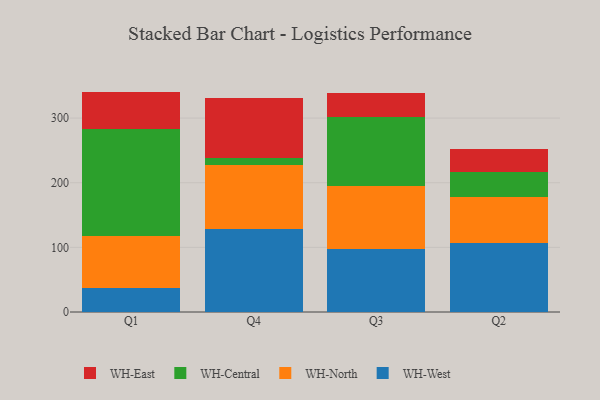
{"axis": {"x": "Quarter", "y": "Budget (USD K)"}, "legend": ["WH-Central", "WH-East", "WH-North", "WH-West"], "data": [{"x": "Q1", "y": 36.8, "type": "WH-West"}, {"x": "Q1", "y": 80.3, "type": "WH-North"}, {"x": "Q1", "y": 165.8, "type": "WH-Central"}, {"x": "Q1", "y": 58.1, "type": "WH-East"}, {"x": "Q4", "y": 128.3, "type": "WH-West"}, {"x": "Q4", "y": 98.6, "type": "WH-North"}, {"x": "Q4", "y": 10.7, "type": "WH-Central"}, {"x": "Q4", "y": 94.2, "type": "WH-East"}, {"x": "Q3", "y": 98.0, "type": "WH-West"}, {"x": "Q3", "y": 96.7, "type": "WH-North"}, {"x": "Q3", "y": 107.4, "type": "WH-Central"}, {"x": "Q3", "y": 37.5, "type": "WH-East"}, {"x": "Q2", "y": 106.5, "type": "WH-West"}, {"x": "Q2", "y": 71.4, "type": "WH-North"}, {"x": "Q2", "y": 39.0, "type": "WH-Central"}, {"x": "Q2", "y": 34.6, "type": "WH-East"}]}